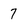
Character: 7